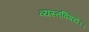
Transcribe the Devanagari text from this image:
व्यस्तविषये।।